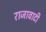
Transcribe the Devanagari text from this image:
राजावाटी